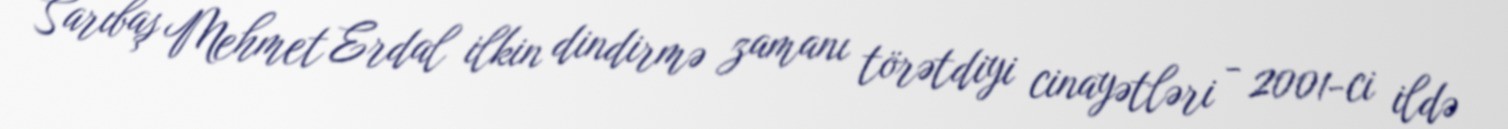
Sarıbaş Mehmet Erdal ilkin dindirmə zamanı törətdiyi cinayətləri - 2001-ci ildə